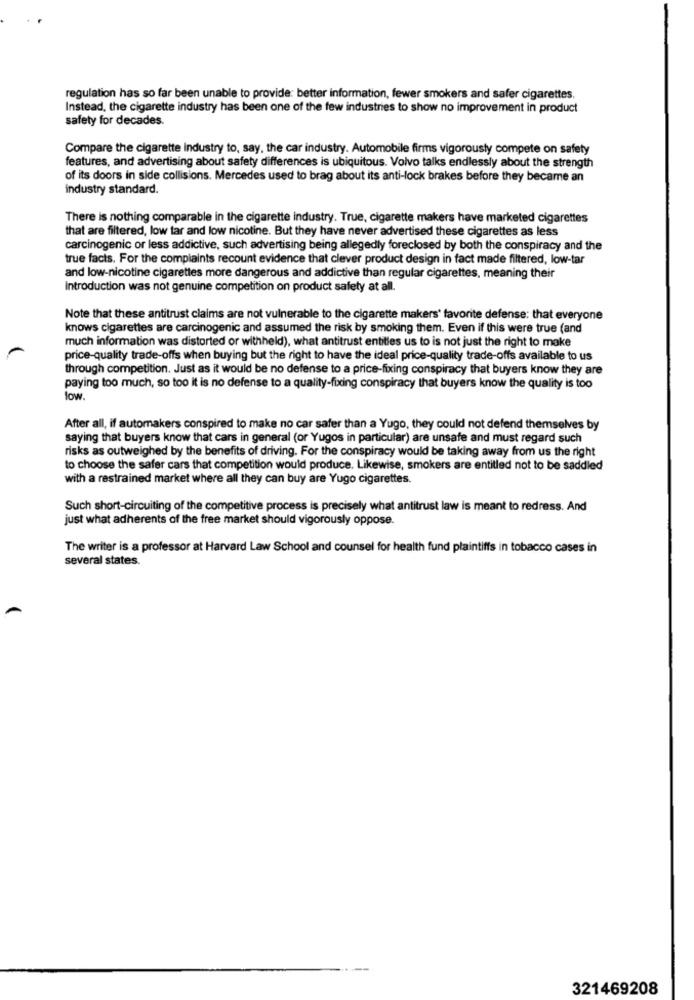
regulation has so far been unable to provide: better information, fewer smokers and safer cigarettes.
Instead, the cigarette industry has been one of the few industries to show no improvement in product
safety for decades.
Compare the cigarette Industry to, say, the car industry. Automobile firms vigorously compete on safety
features, and advertising about safety differences is ubiquitous. Volvo talks endlessly about the strength
of its doors in side collisions. Mercedes used to brag about its anti-lock brakes before they became an
industry standard.
There is nothing comparable in the cigarette industry. True, cigarette makers have marketed cigarettes
that are filtered, low tar and low nicotine. But they have never advertised these cigarettes as less
carcinogenic or less addictive, such advertising being allegedly foreclosed by both the conspiracy and the
true facts. For the complaints recount evidence that clever product design in fact made filtered, low-tar
and low-nicotine cigarettes more dangerous and addictive than regular cigarettes, meaning their
Introduction was not genuine competition on product safety at all.
Note that these antitrust claims are not vulnerable to the cigarette makers' favorite defense: that everyone
knows cigarettes are carcinogenic and assumed the risk by smoking them. Even if this were true (and
much information was distorted or withheld), what antitrust entitles us to is not just the right to make
price-quality trade-offs when buying but the right to have the ideal price-quality trade-offs available to us
through competition. Just as it would be no defense to a price-fixing conspiracy that buyers know they are
paying too much, so too it is no defense to a quality-fixing conspiracy that buyers know the quality is too
low
After all, if automakers conspired to make no car safer than a Yugo, they could not defend themselves by
saying that buyers know that cars in general (or Yugos in particular) are unsafe and must regard such
risks as outweighed by the benefits of driving. For the conspiracy would be taking away from us the right
to choose the safer cars that competition would produce. Likewise, smokers are entitled not to be saddled
with a restrained market where all they can buy are Yugo cigarettes.
Such short-circuiting of the competitive process is precisely what antitrust law is meant to redress. And
just what adherents of the free market should vigorously oppose.
The writer is a professor at Harvard Law School and counsel for health fund plaintiffs in tobacco cases in
several states.
321469208